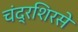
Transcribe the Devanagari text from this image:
चंद्रशिरसे